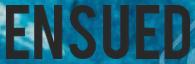
ENSUED